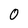
Character: 0